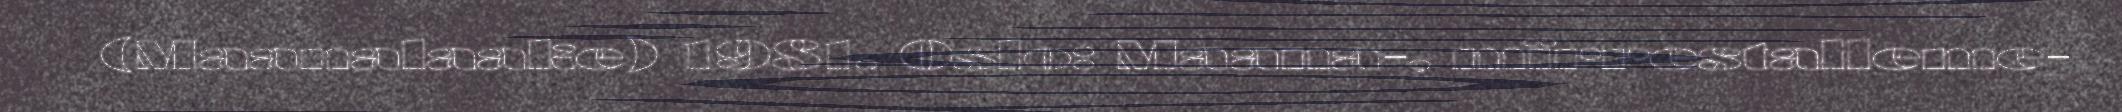
(Maanalaake) 1981. Oslo: Maana-, mïrrestalleme-